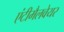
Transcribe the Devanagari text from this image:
एंटीमैलवेयर